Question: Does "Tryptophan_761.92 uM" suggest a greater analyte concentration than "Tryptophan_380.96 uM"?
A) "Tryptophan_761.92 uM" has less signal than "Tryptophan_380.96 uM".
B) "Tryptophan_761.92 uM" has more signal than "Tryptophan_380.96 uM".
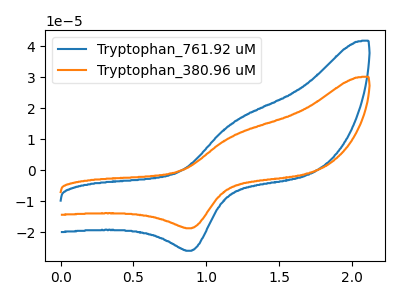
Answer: <think>The blue curve "Tryptophan_761.92 uM" has an anodic peak at (1.20V, 15.45uA) and a cathodic peak at (0.90V, -26.05uA). The orange curve "Tryptophan_380.96 uM" has an anodic peak at (1.20V, 11.15uA) and a cathodic peak at (0.90V, -18.80uA).
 All the peaks in "Tryptophan_761.92 uM" have a peak in "Tryptophan_380.96 uM" at the same potential. Every peak in "Tryptophan_761.92 uM" is higher than every peak in "Tryptophan_380.96 uM".</think>
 <answer>B) "Tryptophan_761.92 uM" has more signal than "Tryptophan_380.96 uM".</answer>
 <eval>B</eval>